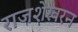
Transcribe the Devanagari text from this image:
राजशेखरन